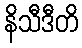
နိသီဒီတိ